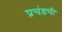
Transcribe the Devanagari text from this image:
प्रचंडची